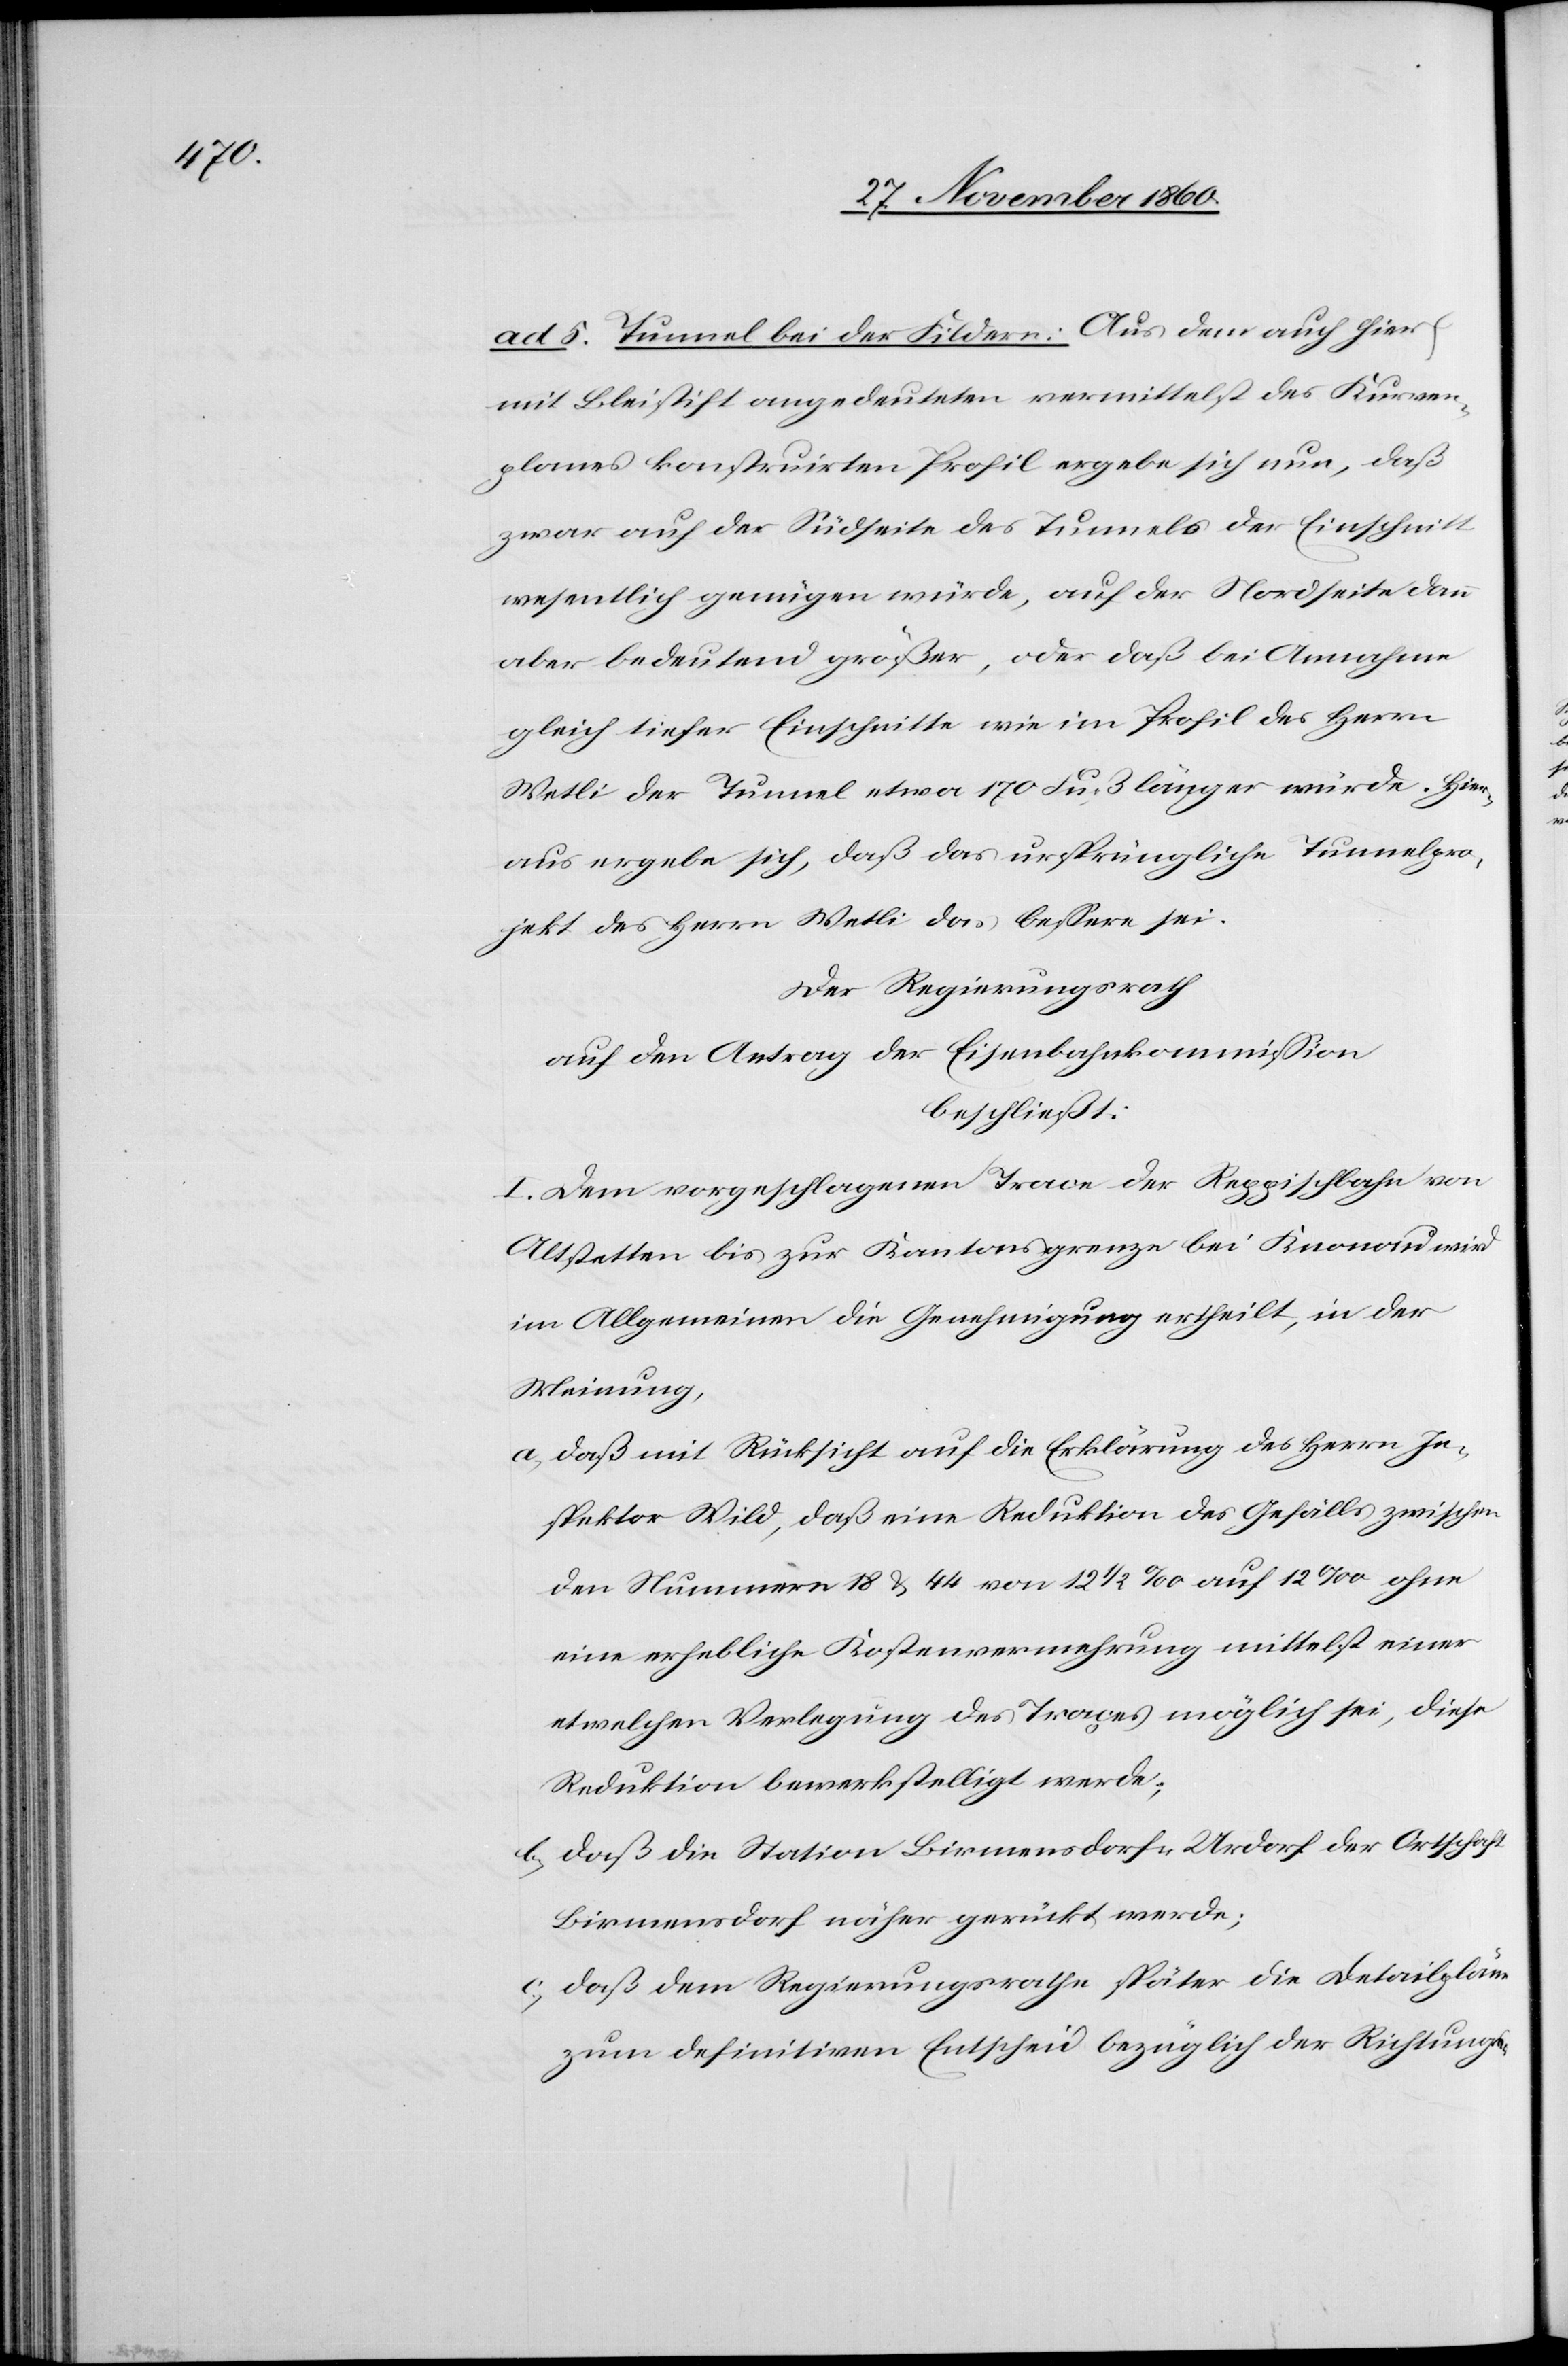
ad 5. Tunnel bei der Fildern: Aus dem auch hier
mit Bleistift angedeuteten vermittelst des Kurven¬
planes konstruirten Profil ergebe sich nun, daß
zwar auf der Südseite des Tunnels der Einschnitt
wesentlich genügen würde, auf der Nordseite dann
aber bedeutend größer, oder daß bei Annahme
gleich tiefer Einschnitte wie im Profil des Herrn
Wetli der Tunnel etwa 170 Fuß länger würde. Hier¬
aus ergebe sich, daß das ursprüngliche Tunnelpro¬
jekt des Herrn Wetli das bessere sei.
Der Regierungsrath
auf den Antrag der Eisenbahnkommission
beschließt:
I. Dem vorgeschlagenen Trace der Reppischbahn von
Altstetten bis zur Kantonsgrenze bei Knonau wird
im Allgemeinen die Genehmigung ertheilt, in der
Meinung,
a) daß mit Rücksicht auf die Erklärung des Herrn In¬
spektor Wild, daß eine Reduktion des Gefälls zwischen
den Nummern 18 u. 44 von 12 1/2‰ auf 12‰ ohne
eine erhebliche Kostenvermehrung mittelst einer
etwelchen Verlegung des Traçes möglich sei, diese
Reduktion bewerkstelligt werde;
b) daß die Station Birmensdorf-Urdorf der Ortschaft
Birmensdorf näher gerückt werde;
c) daß dem Regierungsrathe später die Detailpläne
zum definitiven Entscheid bezüglich der Richtungs-